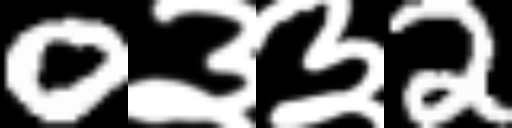
Text: 0३३2